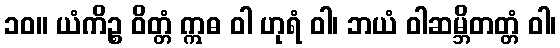
၁၀။ ယံကိဉ္စ ဝိတ္တံ ဣဓ ဝါ ဟုရံ ဝါ၊ ဘယံ ဝါဆမ္ဘိတတ္တံ ဝါ၊